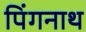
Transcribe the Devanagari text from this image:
पिंगनाथ